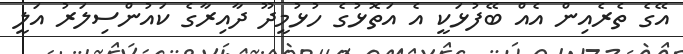
އޭގެ ތެރެއިން އެއް ބޭފުޅަކީ އެ އަތޮޅުގެ ހުޅުމީދޫ ދާއިރާގެ ކައުންސިލަރު އަލީ